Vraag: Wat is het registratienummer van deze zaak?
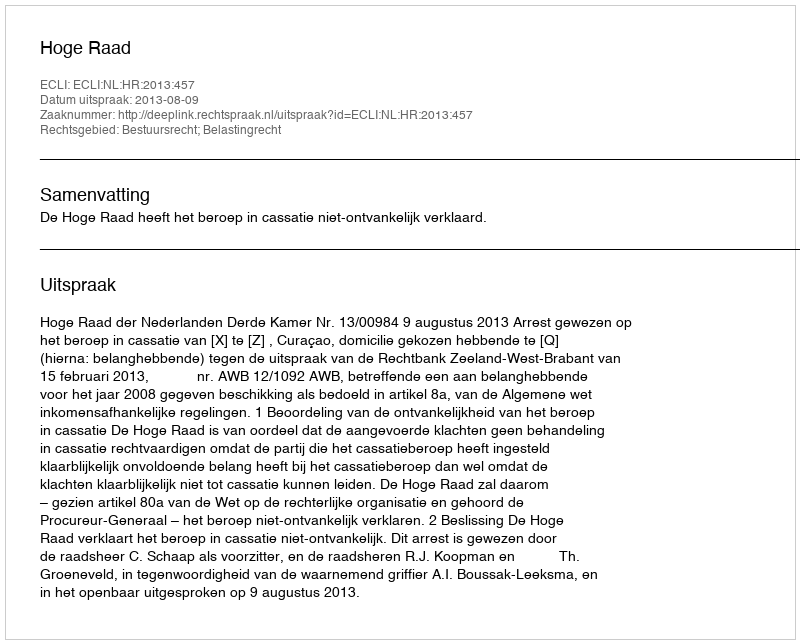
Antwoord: http://deeplink.rechtspraak.nl/uitspraak?id=ECLI:NL:HR:2013:457